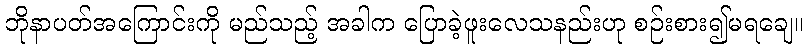
ဘိုနာပတ်အကြောင်းကို မည်သည့် အခါက ပြောခဲ့ဖူးလေသနည်းဟု စဉ်းစား၍မရချေ။